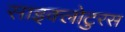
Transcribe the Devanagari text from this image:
साइक्लोटुरस